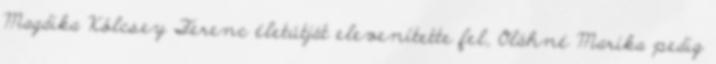
Magdika Kölcsey Ferenc életútját elevenítette fel, Oláhné Marika pedig